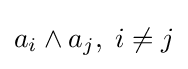
a_{i}\wedge a_{j},\;i\neq j